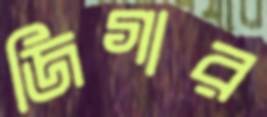
জিগার